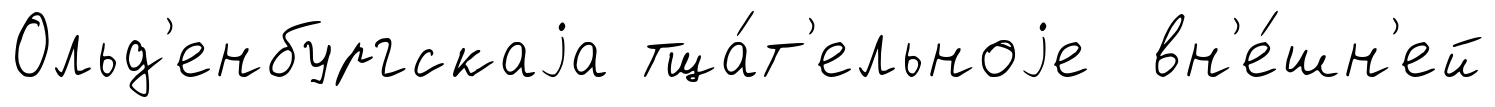
Ольд'енбургскаjа тща́т'ельноjе вн'е́шн'ей